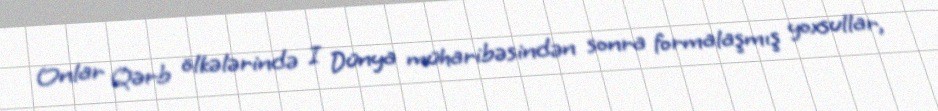
Onlar Qərb ölkələrində I Dünya müharibəsindən sonra formalaşmış yoxsullar,